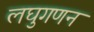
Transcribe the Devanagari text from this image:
लघुगणन